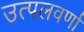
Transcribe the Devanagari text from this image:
उत्पलवर्णा